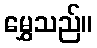
မွှေသည်။